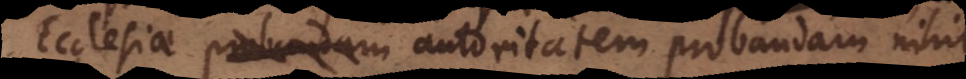
Ecclesiae autoritatem probandam nihil